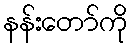
နန်းတော်ကို